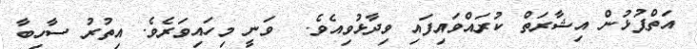
އަތްޕުޅުން އިޝާރަތް ކުރައްވައިފައި ވިދާޅުވިއެވެ.  ވަނީ މިހައިވަރެވެ. އިތުރު ސާހިބާ